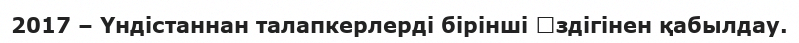
2017 – Үндістаннан талапкерлерді бірінші ӛздігінен қабылдау.